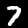
Digit: 7